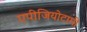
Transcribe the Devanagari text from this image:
एपीजियोटामी